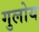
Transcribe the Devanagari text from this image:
गुलोय